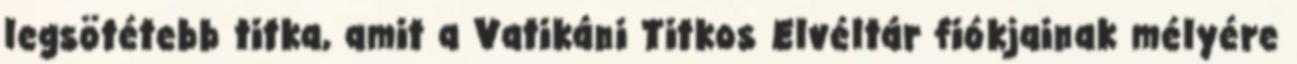
legsötétebb titka, amit a Vatikáni Titkos Elvéltár fiókjainak mélyére